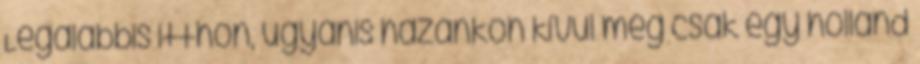
Legalábbis itthon, ugyanis hazánkon kívül még csak egy holland